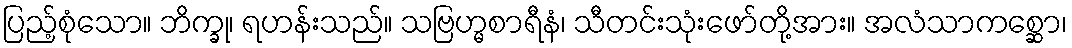
ပြည့်စုံသော။ ဘိက္ခု၊ ရဟန်းသည်။ သဗြဟ္မစာရီနံ၊ သီတင်းသုံးဖော်တို့အား။ အလံသာကစ္ဆော၊